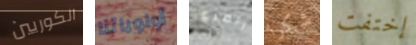
الكوريين أولوياتنا الصرع شكرا إختفت